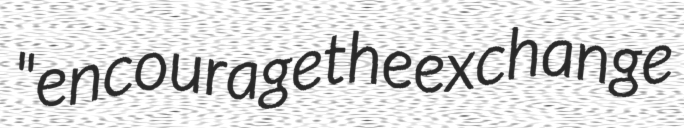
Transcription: "encourage the exchange